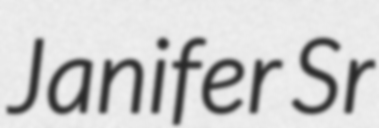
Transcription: Janifer Sr